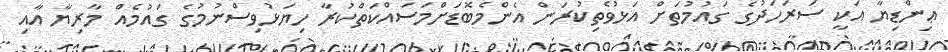
ޢިންޑިޔާ އަކީ ސަރަހަދުގެ ގައުމުތަށް އަޅުވެތިކުރަން އެންމެބޮޑަށްމަސައްކަތްކުރާ ހިޔަޅުވިސްނުމުގެ ގައުމެއް މާރިޔާ އާއި